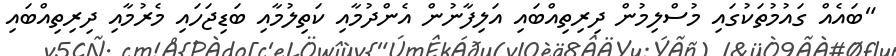
"ބައެއް ގައުމުތަކުގައި މުސްލިމުން ދިރިތިއްބައި އަލިފާނުން އެންދުމާއި ކަތިލުމާއި ބަޑިޖަހައި މެރުމާއި ދިރިތިއްބައި